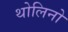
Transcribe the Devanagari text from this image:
थोलिनो